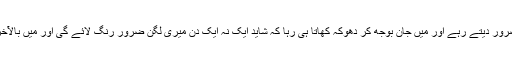
وہ کبھی میرے ہاتھ نہیں آئی، البتہ اس کے بھیس میں سینکڑوں مل کر مجھے دھوکہ ضرور دیتے رہے اور میں جان بوجھ کر دھوکہ کھاتا ہی رہا کہ شاید ایک نہ ایک دن میری لگن ضرور رنگ لائے گی اور میں بالآخر اسے پا جاؤں گا مگر یہ کتنا بڑا المیہ ہے کہ آج تک وہ میری نظروں سے اوجھل ہے۔